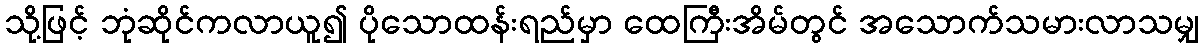
သို့ဖြင့် ဘုံဆိုင်ကလာယူ၍ ပိုသောထန်းရည်မှာ ထေကြီးအိမ်တွင် အသောက်သမားလာသမျှ